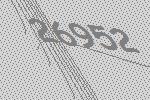
26952